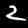
Digit: 2